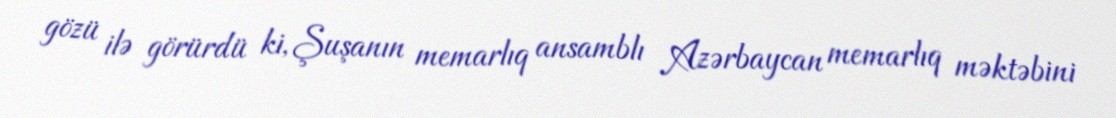
gözü ilə görürdü ki, Şuşanın memarlıq ansamblı Azərbaycan memarlıq məktəbini